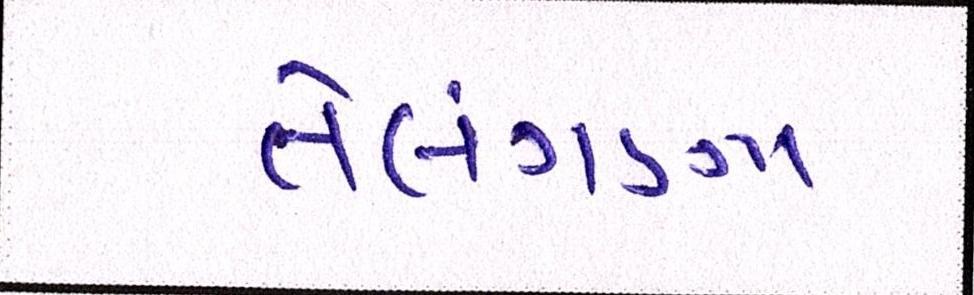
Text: તેલંગણા